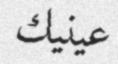
عینیك